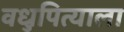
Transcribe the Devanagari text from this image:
वधुपित्याला